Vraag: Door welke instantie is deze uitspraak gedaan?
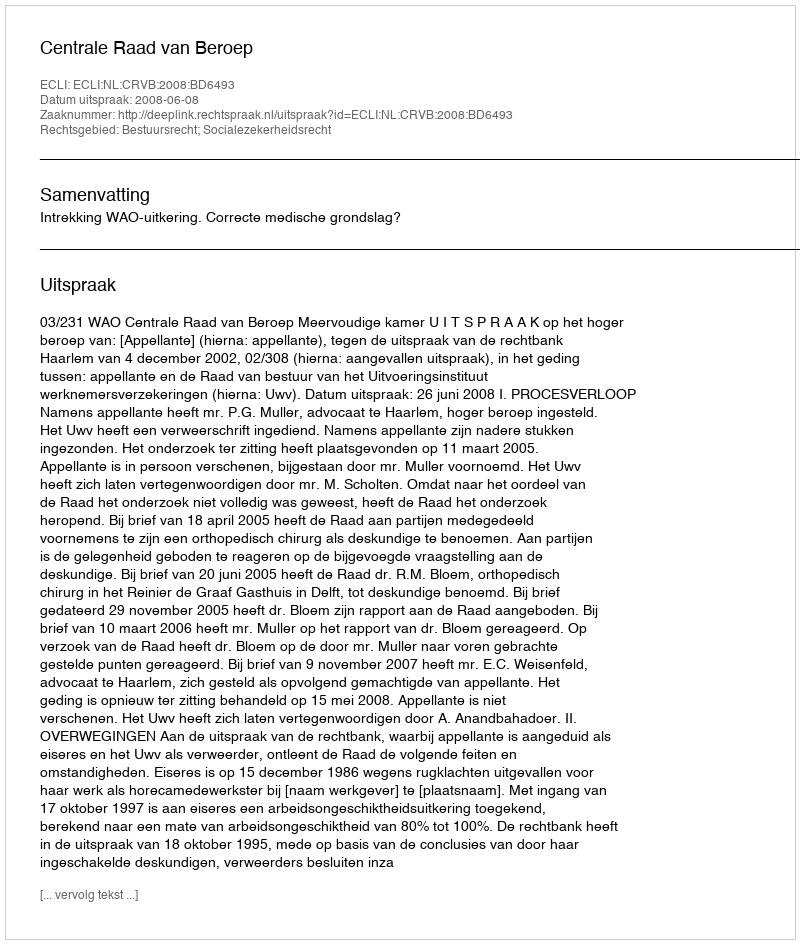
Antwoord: Centrale Raad van Beroep